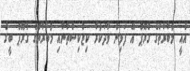
އެއީ މުބާރާތުގެ ގްރޫޕް އޭ ފަޅިން ވާދަކުރާ ކިޒްކިސްތާނާއި މުބާރާތުގެ ގްރޫޕް ބީގެ